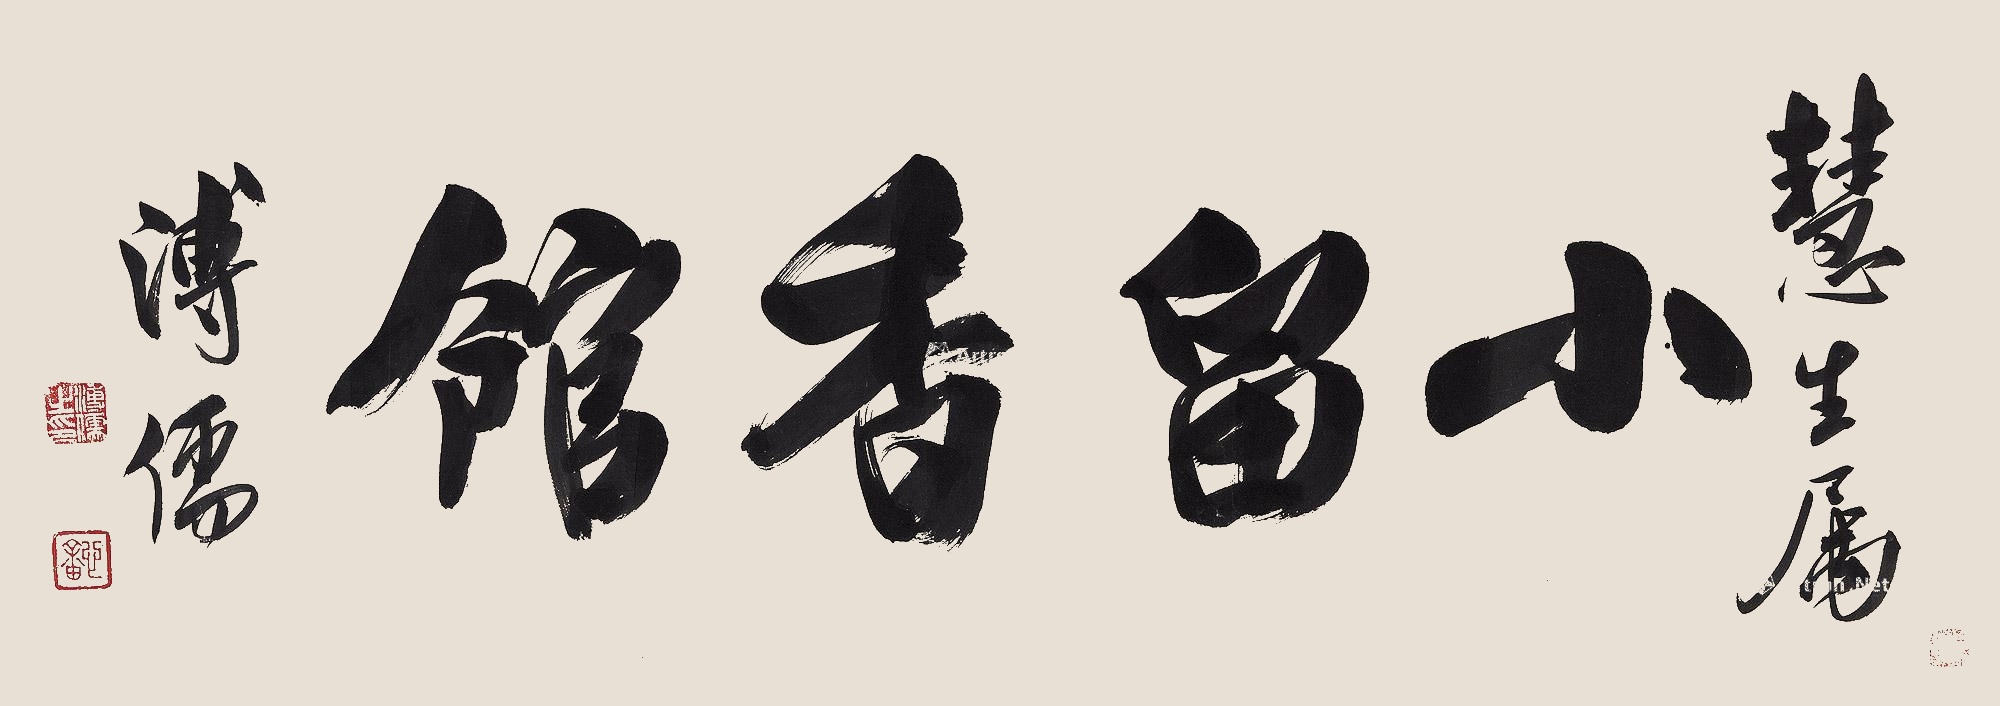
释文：小留香馆。慧生属。溥儒。